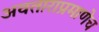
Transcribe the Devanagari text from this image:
अवताराप्रमाणेच